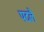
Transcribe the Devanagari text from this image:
पदलै